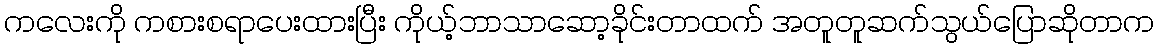
ကလေးကို ကစားစရာပေးထားပြီး ကိုယ့်ဘာသာဆော့ခိုင်းတာထက် အတူတူဆက်သွယ်ပြောဆိုတာက